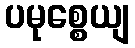
ပမုစ္စေယျ